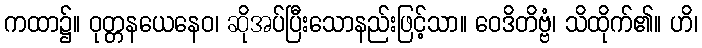
ကထာ၌။ ဝုတ္တနယေနေဝ၊ ဆိုအပ်ပြီးသောနည်းဖြင့်သာ။ ဝေဒိတိဗ္ဗံ၊ သိထိုက်၏။ ဟိ၊